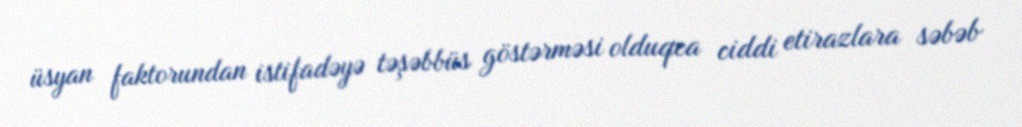
üsyan faktorundan istifadəyə təşəbbüs göstərməsi olduqca ciddi etirazlara səbəb